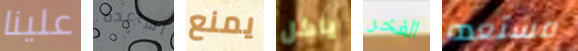
علينا اساعده يمنع ياكل الفخر مستعده